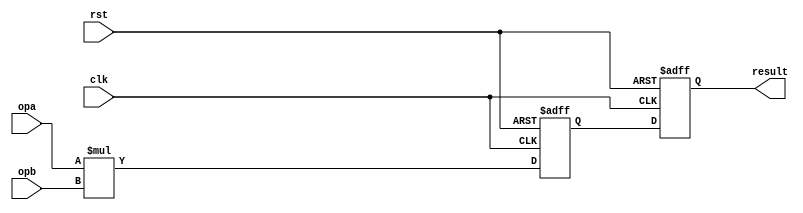
module pippo_mul32x32 (opa, opb, clk, rst, result);

input   [31:0]  opa;
input   [31:0]  opb;
input           clk;
input           rst;
output  [63:0]  result;

//
//
//
reg     [63:0]  s1;
reg     [63:0]  s2;
wire    [63:0]  result;

//
// 1st stage
//
always @(posedge clk or posedge rst) begin
    if (rst)
        s1 <= 64'd0;
    else
        s1 <= opa * opb;
end

//
// 2nd stage
//
always @(posedge clk or posedge rst) begin
    if (rst)
        s2 <= 64'd0;
    else
        s2 <= s1;
end

assign result = s2;

endmodule